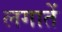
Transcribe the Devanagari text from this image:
लगातें